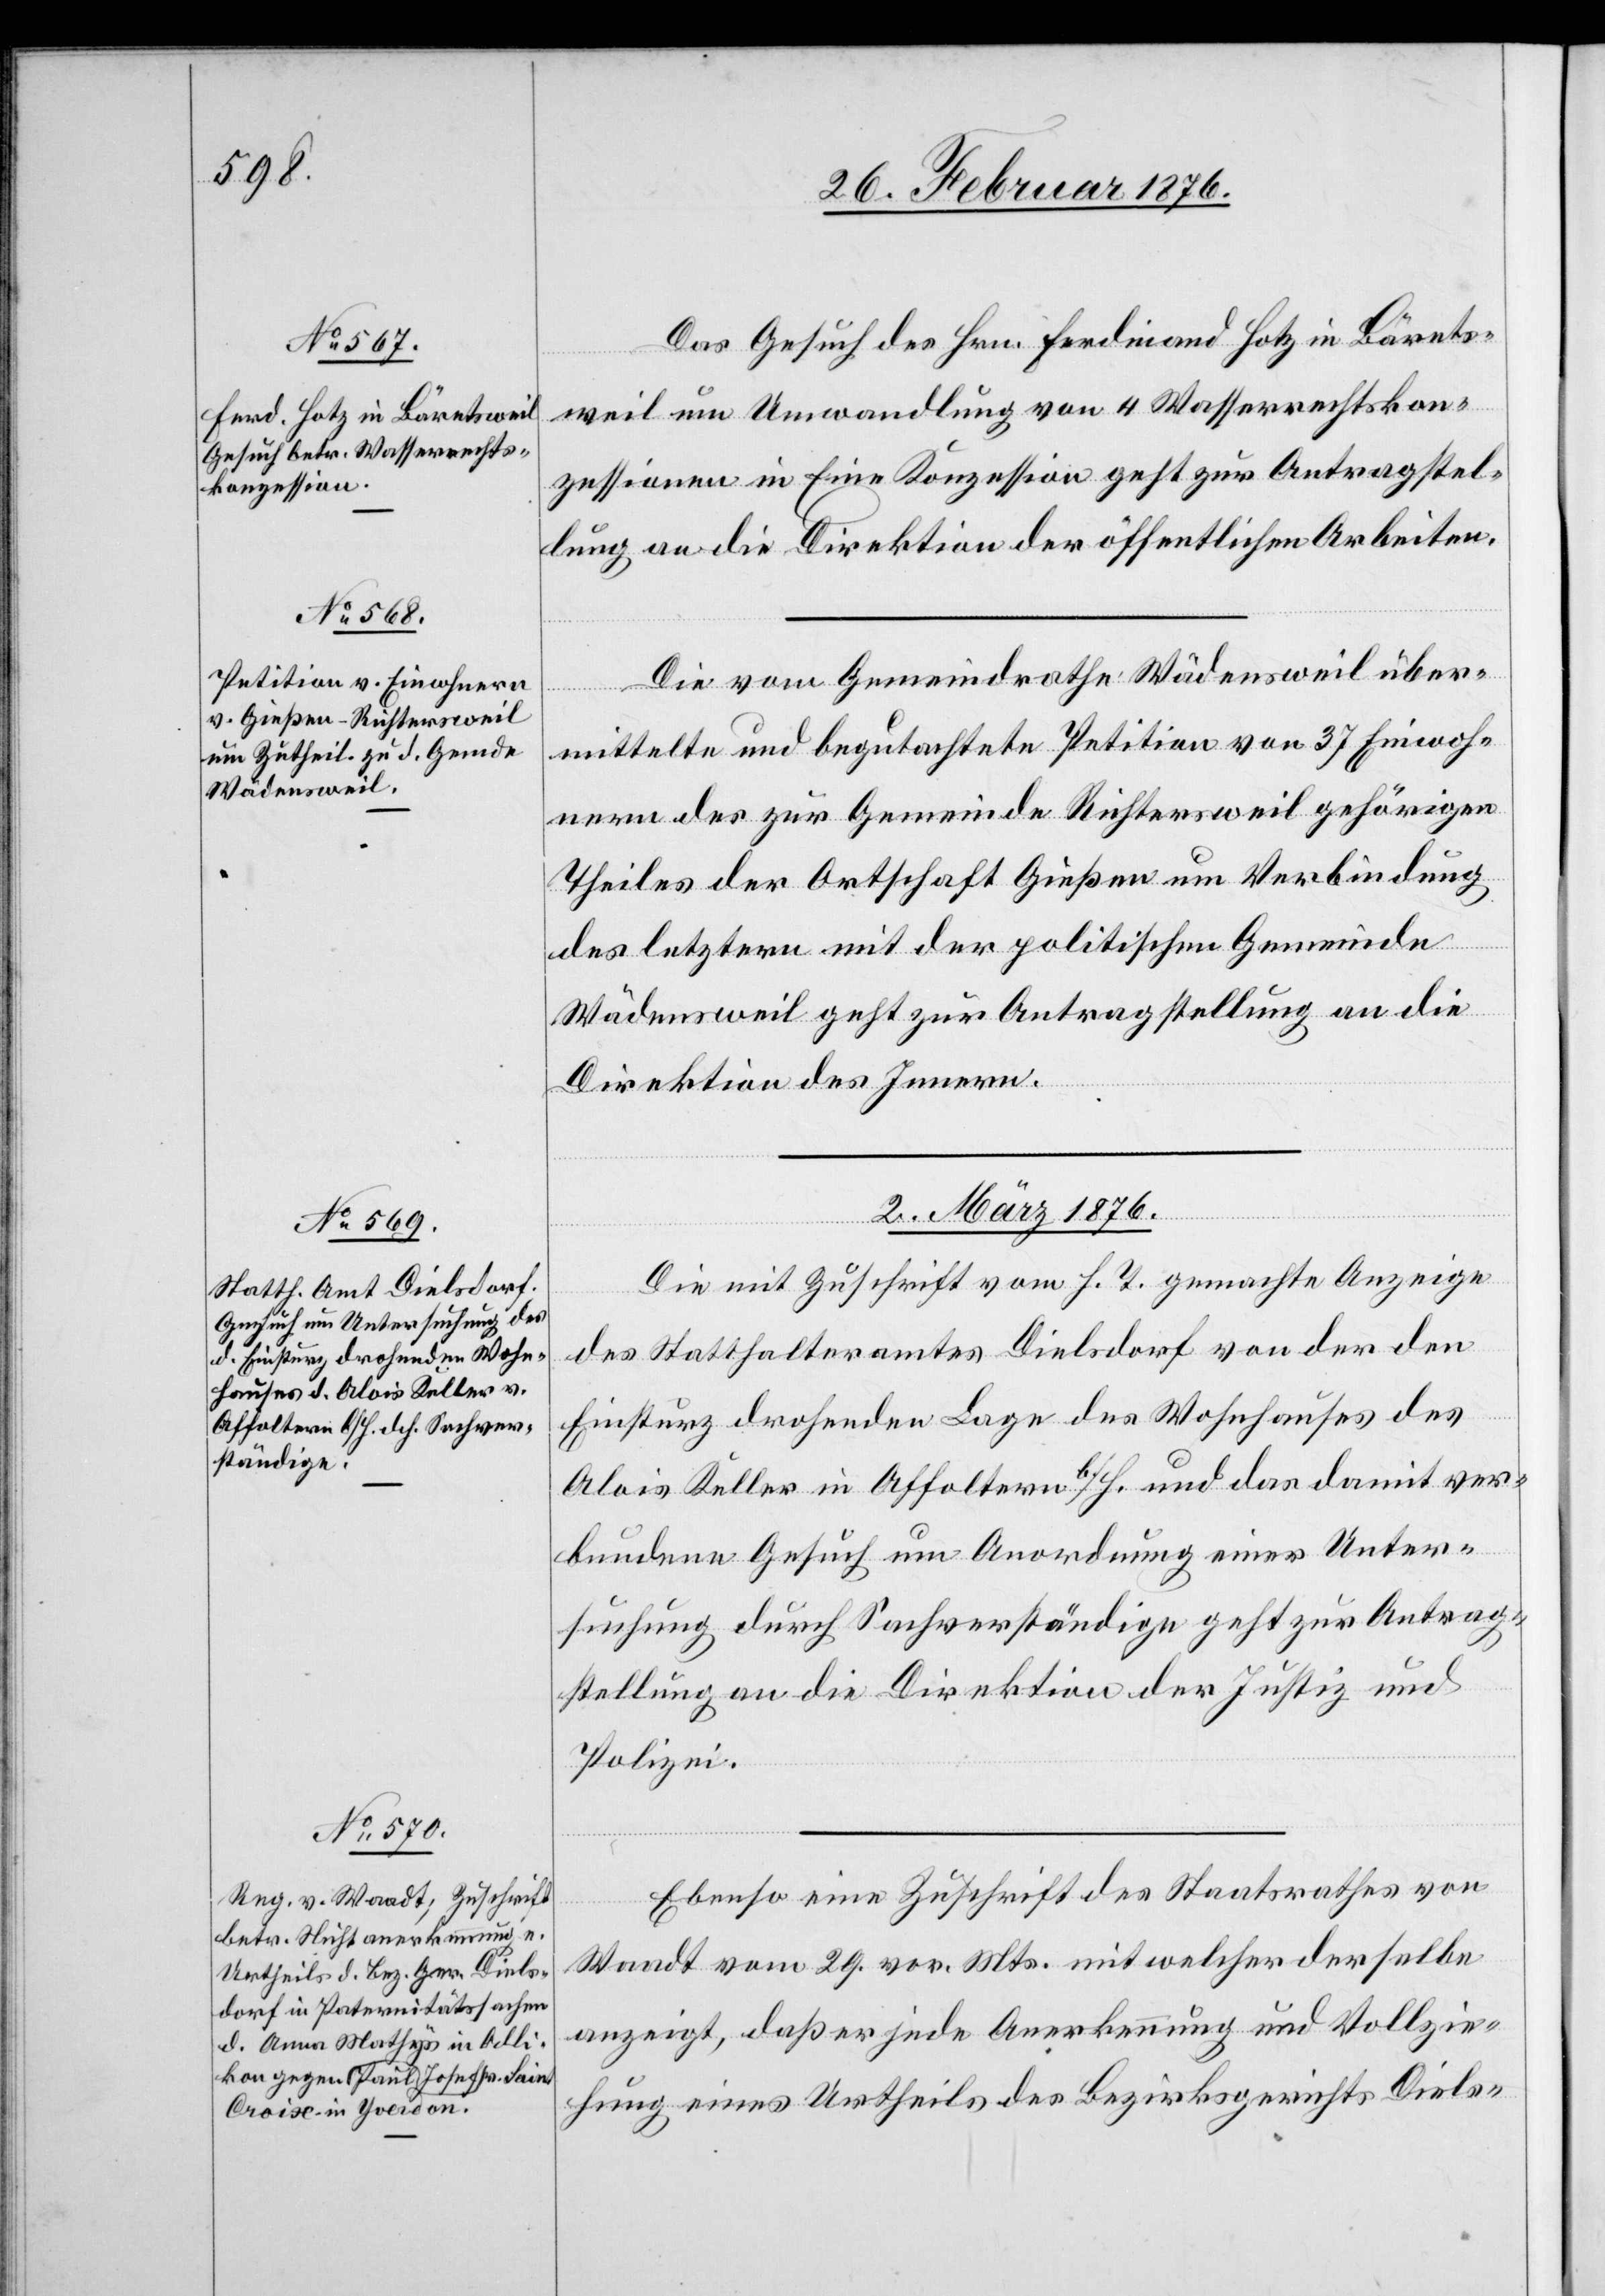
Das Gesuch des Hrn. Ferdinand Hotz in Bärets¬
weil um Umwandlung von 4 Wasserrechtskon¬
zessionen in Eine Konzession geht zur Antragstel¬
lung an die Direktion der öffentlichen Arbeiten.
Die vom Gemeindrathe Wädensweil über¬
mittelte und begutachtete Petition von 37 Einwoh¬
nern des zur Gemeinde Richtersweil gehörigen
Theiles der Ortschaft Gießen um Verbindung
des letztern mit der politischen Gemeinde
Wädensweil geht zur Antragstellung an die
Direktion des Innern.
2. März 1876.]
Die mit Zuschrift vom h. T. gemachte Anzeige
des Statthalteramtes Dielsdorf von der den
Einsturz drohenden Lage des Wohnhauses des
Alois Keller in Affoltern b/H. und des damit ver¬
bundenen Gesuch um Anordnung einer Unter¬
suchung durch Sachverständige geht zur Antrag¬
stellung an die Direktion der Justiz und
Polizei.
Ebenso eine Zuschrift des Staatsrathes von
Waadt vom 29. vor. Mts. mit welcher derselbe
anzeigt, daß er jede Anerkennung und Vollzie¬
hung eines Urtheils des Bezirksgerichts Diels-